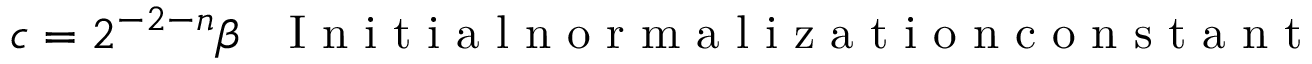
c = 2 ^ { - 2 - n } \beta ~ ~ \mathrm { ~ I ~ n ~ i ~ t ~ i ~ a ~ l ~ n ~ o ~ r ~ m ~ a ~ l ~ i ~ z ~ a ~ t ~ i ~ o ~ n ~ c ~ o ~ n ~ s ~ t ~ a ~ n ~ t ~ }